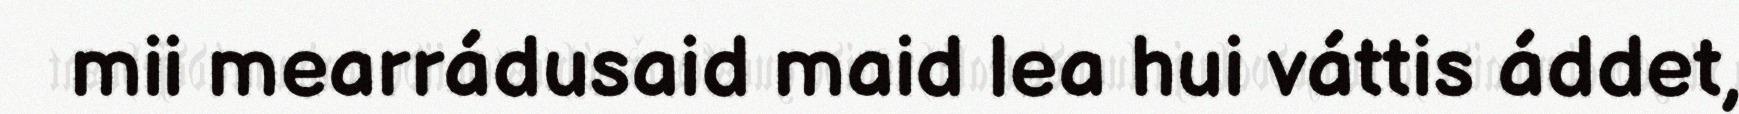
mii mearrádusaid maid lea hui váttis áddet,